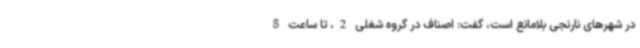
در شهرهای نارنجی بلامانع است، گفت: اصناف در گروه شغلی 2، تا ساعت 8